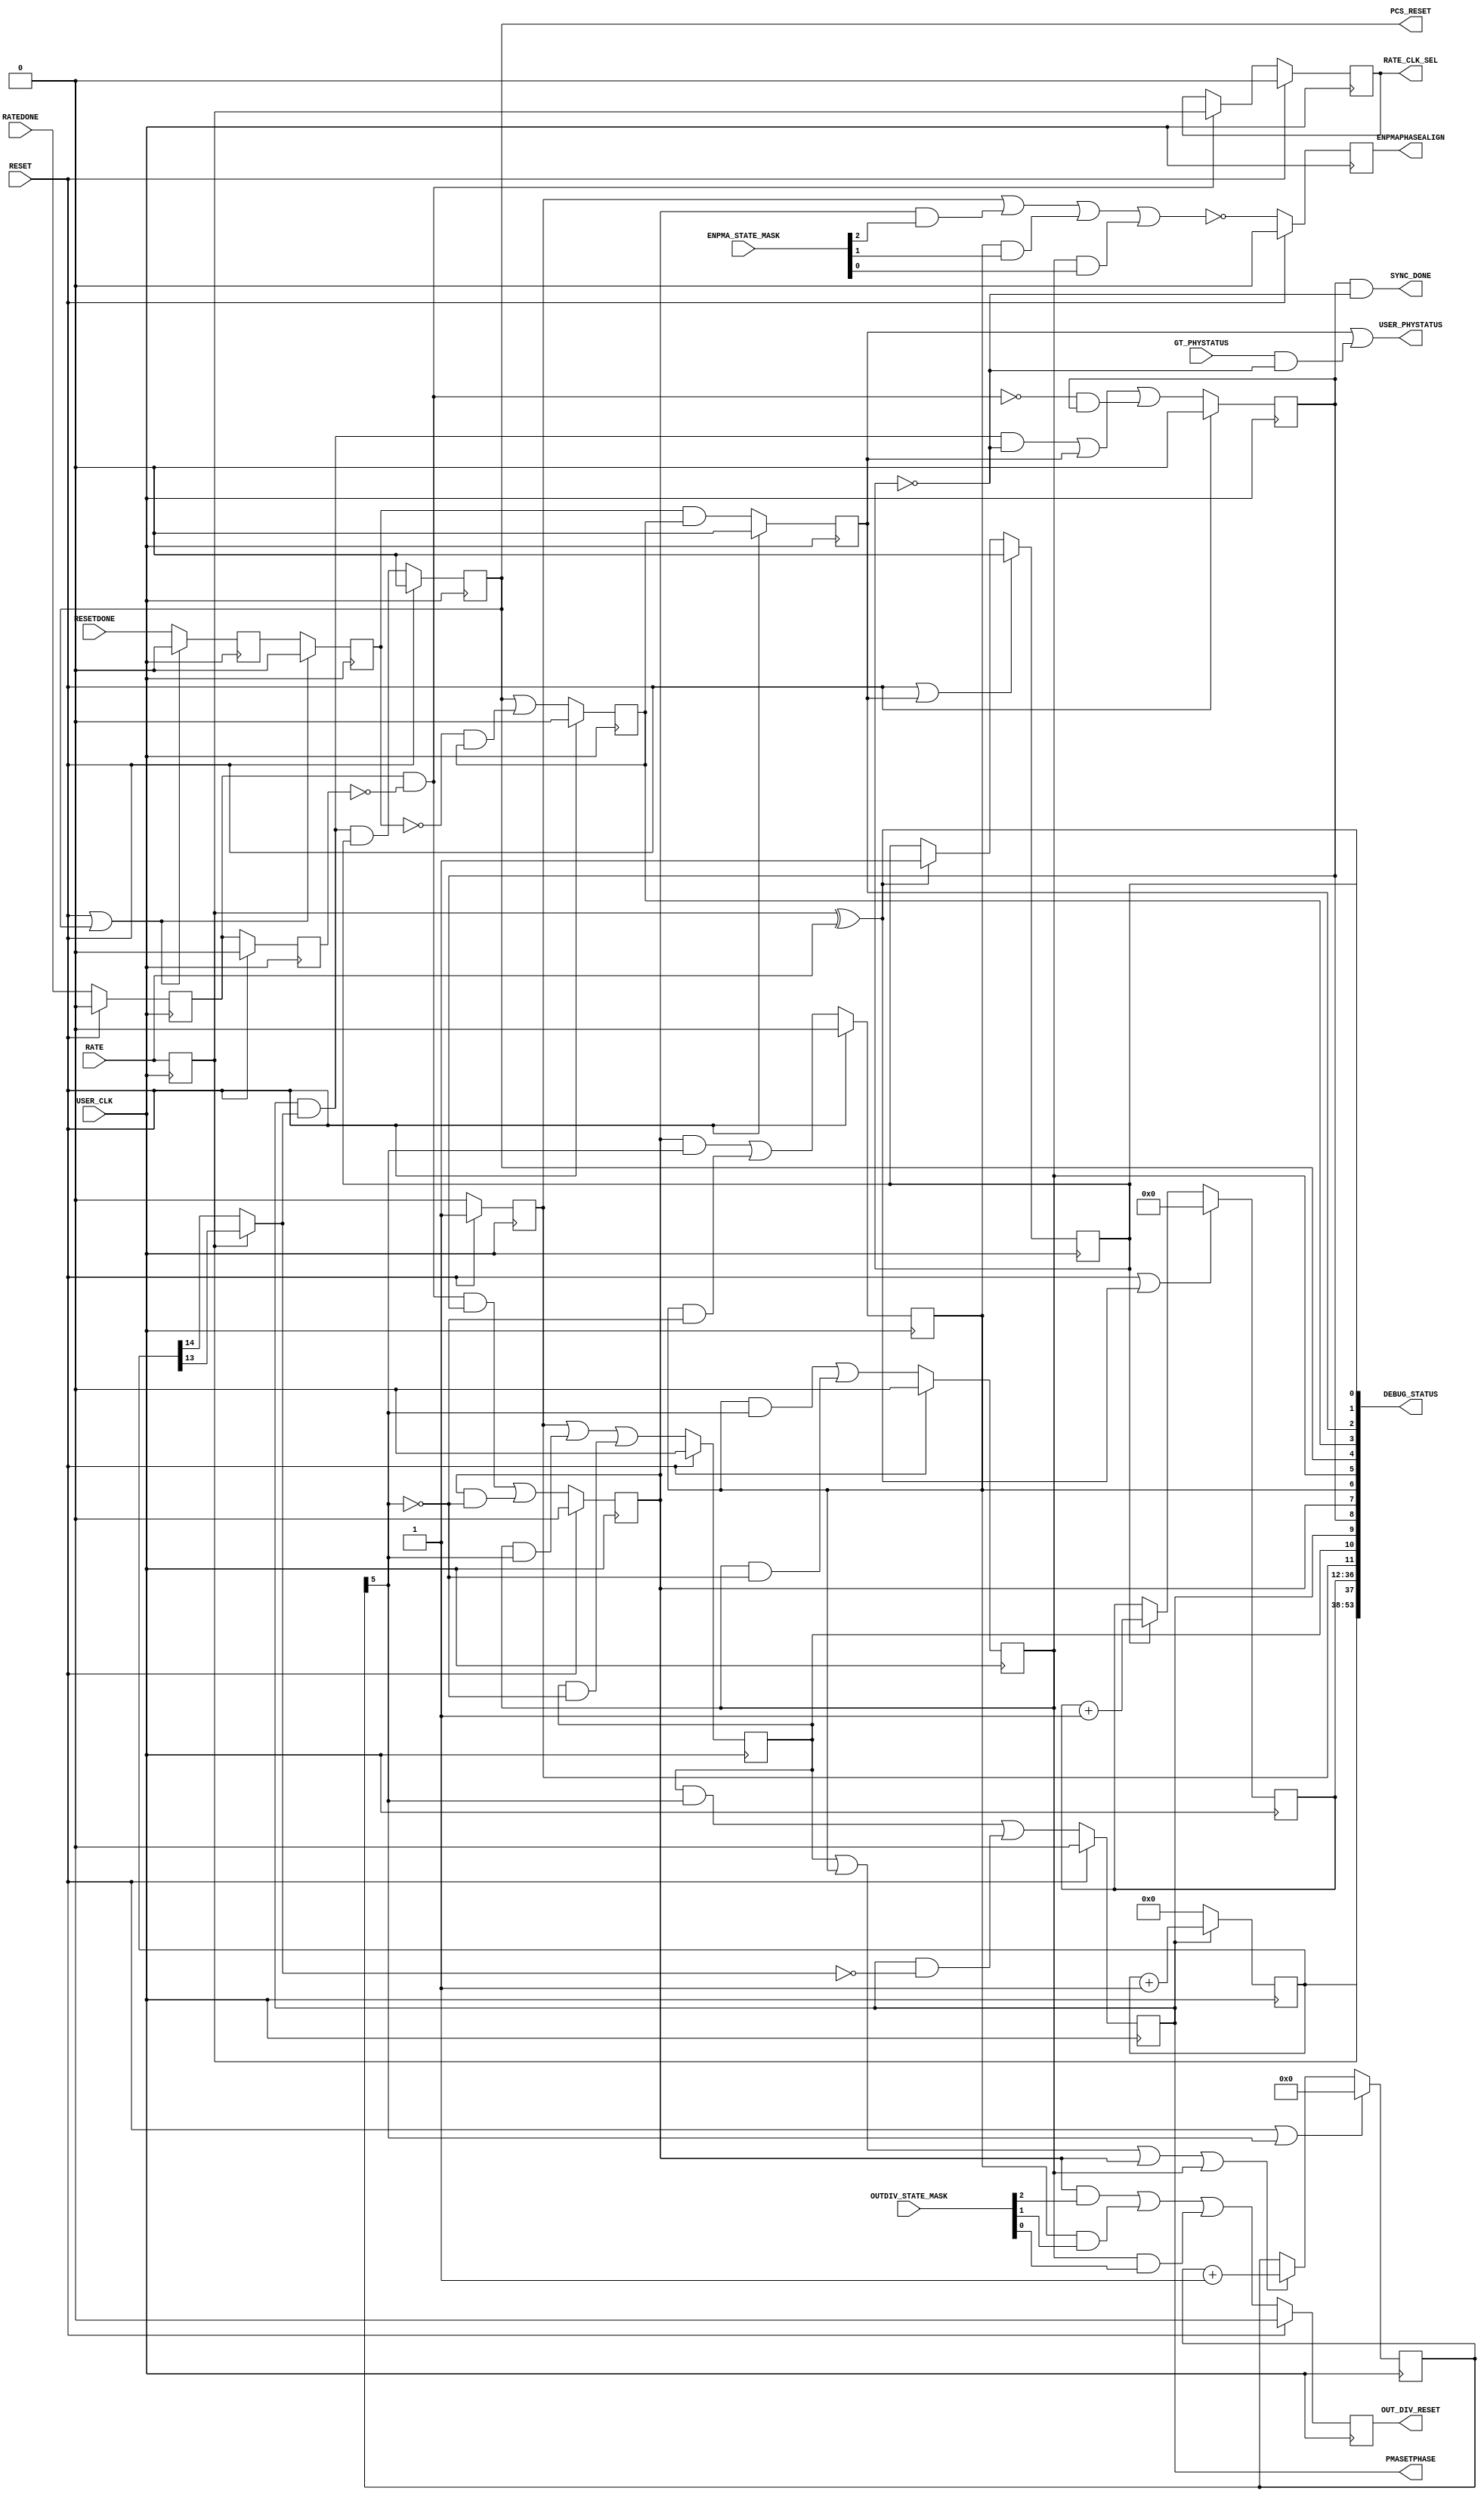
//-----------------------------------------------------------------------------
//
// (c) Copyright 2009-2010 Xilinx, Inc. All rights reserved.
//
// This file contains confidential and proprietary information
// of Xilinx, Inc. and is protected under U.S. and
// international copyright and other intellectual property
// laws.
//
// DISCLAIMER
// This disclaimer is not a license and does not grant any
// rights to the materials distributed herewith. Except as
// otherwise provided in a valid license issued to you by
// Xilinx, and to the maximum extent permitted by applicable
// law: (1) THESE MATERIALS ARE MADE AVAILABLE "AS IS" AND
// WITH ALL FAULTS, AND XILINX HEREBY DISCLAIMS ALL WARRANTIES
// AND CONDITIONS, EXPRESS, IMPLIED, OR STATUTORY, INCLUDING
// BUT NOT LIMITED TO WARRANTIES OF MERCHANTABILITY, NON-
// INFRINGEMENT, OR FITNESS FOR ANY PARTICULAR PURPOSE; and
// (2) Xilinx shall not be liable (whether in contract or tort,
// including negligence, or under any other theory of
// liability) for any loss or damage of any kind or nature
// related to, arising under or in connection with these
// materials, including for any direct, or any indirect,
// special, incidental, or consequential loss or damage
// (including loss of data, profits, goodwill, or any type of
// loss or damage suffered as a result of any action brought
// by a third party) even if such damage or loss was
// reasonably foreseeable or Xilinx had been advised of the
// possibility of the same.
//
// CRITICAL APPLICATIONS
// Xilinx products are not designed or intended to be fail-
// safe, or for use in any application requiring fail-safe
// performance, such as life-support or safety devices or
// systems, Class III medical devices, nuclear facilities,
// applications related to the deployment of airbags, or any
// other applications that could lead to death, personal
// injury, or severe property or environmental damage
// (individually and collectively, "Critical
// Applications"). Customer assumes the sole risk and
// liability of any use of Xilinx products in Critical
// Applications, subject only to applicable laws and
// regulations governing limitations on product liability.
//
// THIS COPYRIGHT NOTICE AND DISCLAIMER MUST BE RETAINED AS
// PART OF THIS FILE AT ALL TIMES.
//
//-----------------------------------------------------------------------------
// Project    : V5-Block Plus for PCI Express
//////////////////////////////////////////////////////////////////////////////

`timescale 1ns / 1ps
`define DLY #1

module GTX_TX_SYNC_RATE_V6
#(
    parameter           C_SIMULATION    = 0 // Set to 1 for simulation
)
(
    output              ENPMAPHASEALIGN,
    output              PMASETPHASE,
    output              SYNC_DONE,
    output              OUT_DIV_RESET,
    output              PCS_RESET,
    output              USER_PHYSTATUS,
    output              RATE_CLK_SEL,
    input               USER_CLK,
    input               RESET,
    input               RATE,
    input               RATEDONE,
    input               GT_PHYSTATUS,
    input               RESETDONE,

    // Test bits / status
    output      [53:0]  DEBUG_STATUS,
    input       [2:0]   ENPMA_STATE_MASK,
    input       [2:0]   OUTDIV_STATE_MASK

);

// synthesis attribute X_CORE_INFO of TX_SYNC is "v6_gtxwizard_v1_0, Coregen v11.1_ip1";

//*******************************Register Declarations************************

    reg           begin_r;
    reg           phase_align_r;
    reg           ready_r;
    reg   [15:0]  sync_counter_r;
    reg   [5:0]   count_32_cycles_r;
    reg           wait_stable_r;
    reg           phase_align_reset_r;
    reg           out_div_reset_r;
    reg           wait_phase_align_reset_r;
    reg           pcs_reset_r;
    reg           wait_reset_done_r;
    reg           gen_phystatus_r;
    reg           rate_r;
    reg           guard_r;
    reg           resetdone_r;
    reg           resetdone_r2;
    reg           ratedone_r;
    reg           ratedone_r2;
    reg           rate_sel_r;

    reg           enpmaphasealign_r;
    reg           reg_out_div_reset_r;
    reg   [24:0]  rate_duration_count_r;


//*******************************Wire Declarations****************************
    
    wire          count_setphase_complete_i;
    wire          count_32_complete_i;
    wire          next_phase_align_c;
    wire          next_ready_c;
    wire          next_wait_stable_c;
    wire          next_phase_align_reset_c;
    wire          next_out_div_reset_c;
    wire          next_wait_phase_align_reset_c;
    wire          next_pcs_reset_c;
    wire          next_wait_reset_done_c;
    wire          next_gen_phystatus_c;
    wire          ratedone_pulse_i;
    
    wire          enpmaphasealign_i;
    wire          out_div_reset_i;

//*******************************Main Body of Code****************************




    //________________________________ State machine __________________________
    // This state machine manages the phase alingment procedure of the GTX.
    // The module is held in reset till the usrclk source is stable.  In the 
    // case of buffer bypass where the refclkout is used to clock the usrclks,
    // the usrclk stable indication is given the pll_locked signal.
    // Once the pll_lock is asserted, state machine goes into the
    // wait_stable_r for 32 clock cycles to allow some time to ensure the pll
    // is stable. After this, it goes into the phase_align_r state where the
    // phase alignment procedure is executed. This involves asserting the
    // ENPMAPHASEALIGN and PMASETPHASE for 32768 clock cycles.
    //
    // If there is a line rate change, the module resets the output divider by
    // asserting the signal for 16 clock cycles and resets the phase alignment
    // block by de-asserting ENPMAPHASEALIGN signal for 16 clock cycles.  The
    // phase alignment procedure as stated above is repeated.  Afterwards, the
    // PCS is reset and a user PHYSTATUS is generated to notify the completion
    // of a line rate change procedure.

    // State registers
    always @(posedge USER_CLK)
        if(RESET)
            {begin_r, wait_stable_r, phase_align_r, ready_r,
             phase_align_reset_r, out_div_reset_r, wait_phase_align_reset_r,
             pcs_reset_r, wait_reset_done_r,
             gen_phystatus_r}  <=  `DLY 10'b10_0000_0000;
        else
        begin
            begin_r                   <=  `DLY  1'b0;
            wait_stable_r             <=  `DLY  next_wait_stable_c;
            phase_align_r             <=  `DLY  next_phase_align_c;
            ready_r                   <=  `DLY  next_ready_c;
            phase_align_reset_r       <=  `DLY  next_phase_align_reset_c;
            out_div_reset_r           <=  `DLY  next_out_div_reset_c;
            wait_phase_align_reset_r  <=  `DLY  next_wait_phase_align_reset_c;
            pcs_reset_r               <=  `DLY  next_pcs_reset_c;
            wait_reset_done_r         <=  `DLY  next_wait_reset_done_c;
            gen_phystatus_r           <=  `DLY  next_gen_phystatus_c;
        end

    // Next state logic
    assign next_ready_c              = (((phase_align_r & count_setphase_complete_i) & !guard_r) | gen_phystatus_r) |
                                      (!ratedone_pulse_i & ready_r);

    assign next_phase_align_reset_c = (ratedone_pulse_i & ready_r) | 
                                      (phase_align_reset_r & !count_32_complete_i);

    assign next_out_div_reset_c     = (phase_align_reset_r & count_32_complete_i)|
                                      (out_div_reset_r & !count_32_complete_i);

    assign next_wait_phase_align_reset_c = (out_div_reset_r & count_32_complete_i) | 
                                           (wait_phase_align_reset_r & !count_32_complete_i);

    assign next_wait_stable_c       = begin_r | (wait_phase_align_reset_r & count_32_complete_i) |
                                      (wait_stable_r & !count_32_complete_i);

    assign next_phase_align_c       = (wait_stable_r & count_32_complete_i) |
                                      (phase_align_r & !count_setphase_complete_i);

    assign next_pcs_reset_c         = ((phase_align_r & count_setphase_complete_i) & guard_r);

    assign next_wait_reset_done_c   = pcs_reset_r |
                                      (!resetdone_r2 & wait_reset_done_r);

    assign next_gen_phystatus_c     = resetdone_r2 & wait_reset_done_r;


        //_________ Counter for to wait for pll to be stable before sync __________
    always @(posedge USER_CLK)
    begin
        if (RESET || count_32_complete_i)
            count_32_cycles_r <= `DLY  6'b000000;
        else if (wait_stable_r || out_div_reset_r || phase_align_reset_r || wait_phase_align_reset_r)
            count_32_cycles_r <= `DLY  count_32_cycles_r + 1'b1;
    end

    assign count_32_complete_i = count_32_cycles_r[5];

    //_______________ Counter for holding SYNC for SYNC_CYCLES ________________
    always @(posedge USER_CLK)
    begin
        if (!phase_align_r)
            sync_counter_r <= `DLY  16'h0000;
        else
            sync_counter_r <= `DLY  sync_counter_r + 1'b1;
    end

    generate
        if (C_SIMULATION) begin: for_simulation
            // Shorten the cycle to 32 clock cycles for simulation
            assign count_setphase_complete_i = sync_counter_r[5];
        end
        else begin: for_hardware
            // For TXPMASETPHASE:
            //  - If RATE[0] = 0, PLL_DIVSEL_OUT = 2 => 16,384 USRCLK2 cycles
            //  - If RATE[0] = 1, PLL_DIVSEL_OUT = 1 => 8,192 USRCLK2 cycles
            assign count_setphase_complete_i = (rate_r) ? sync_counter_r[13] :
                                                          sync_counter_r[14];
        end
    endgenerate


    //_______________ Assign the phase align ports into the GTX _______________

    // Assert the ENPMAPHASEALIGN signal when the reset of this module
    // gets de-asserted and after a reset of the output dividers.  Disabling
    // this signal after reset of the output dividers will reset the phase
    // alignment module.
    //assign ENPMAPHASEALIGN = !(begin_r | phase_align_reset_r | out_div_reset_r | wait_phase_align_reset_r);
    
    // Masking the bits of each state to play around with the pulse of the
    // TXENPMAPHASEALIGN reset (active low signal)
    assign enpmaphasealign_i = ~((begin_r ||
                               (phase_align_reset_r && ENPMA_STATE_MASK[2]) ||
                               (out_div_reset_r && ENPMA_STATE_MASK[1]) || 
                               (wait_phase_align_reset_r && ENPMA_STATE_MASK[0])));

    always @(posedge USER_CLK)
        if (RESET)
            enpmaphasealign_r <= `DLY 1'b0;
        else
            enpmaphasealign_r <= enpmaphasealign_i;

    assign ENPMAPHASEALIGN = enpmaphasealign_r; 

    assign PMASETPHASE     = phase_align_r;


    //_______________________ Assign the sync_done port _______________________

    // Assert the SYNC_DONE signal when the phase alignment procedure is
    // complete after initialization and when line rate change procedure
    // is complete.
    assign SYNC_DONE = ready_r & !guard_r;


    //_______________________ Assign the rest of the ports ____________________
    // Assert the output divider reset for 32 USRCLK2 clock cycles
    //assign OUT_DIV_RESET = out_div_reset_r;

    // Masking the bits of each state to play around with the pulse of the
    // output divider reset
    assign out_div_reset_i= (phase_align_reset_r && OUTDIV_STATE_MASK[2]) ||
                           (out_div_reset_r && OUTDIV_STATE_MASK[1]) || 
                           (wait_phase_align_reset_r && OUTDIV_STATE_MASK[0]);

    always @(posedge USER_CLK)
        if (RESET)
            reg_out_div_reset_r <= `DLY 1'b0;
        else
            reg_out_div_reset_r <= out_div_reset_i;

    assign OUT_DIV_RESET = reg_out_div_reset_r;
                         
    // Assert the PCS reset for 1 USRCLK2 clock cycle
    assign PCS_RESET = pcs_reset_r;


    // Assert user phystatus at the end of the line rate change.  It is also
    // a pass through signal from the GTX when the pulse is not associated
    // with a line rate change (in this module this signal is gated by
    // guard_r signal)
    assign USER_PHYSTATUS = gen_phystatus_r | (GT_PHYSTATUS & !guard_r);


    //////////////////////////////////////////////////////////////////////////
    // Register the RESETDONE input
    //////////////////////////////////////////////////////////////////////////
    always @(posedge USER_CLK)

    begin
        if (RESET | pcs_reset_r)
        begin
            resetdone_r   <= `DLY 1'b0;
            resetdone_r2  <= `DLY 1'b0;
        end
        else
        begin
            resetdone_r   <= `DLY RESETDONE;
            resetdone_r2  <= `DLY resetdone_r;
        end
    end

    //////////////////////////////////////////////////////////////////////////
    // Detect an edge on the RATEDONE signal and generate a pulse from it.
    // The RATEDONE signal by default is initialized to 1'b1.
    //////////////////////////////////////////////////////////////////////////
    always @(posedge USER_CLK)

    begin
        if (RESET)
        begin
            ratedone_r  <= `DLY 1'b0;
            ratedone_r2 <= `DLY 1'b0;
        end
        else
        begin
            ratedone_r  <= `DLY RATEDONE;
            ratedone_r2 <= `DLY ratedone_r;
        end
    end

    assign ratedone_pulse_i = ratedone_r & !ratedone_r2;

    //////////////////////////////////////////////////////////////////////////
    // Detect a line rate change.  Since this is targeted for PCIe, we only
    // need to detect a change on TXRATE[0]/RXRATE[0]:
    // TXRATE[1:0] / RXRATE[1:0] = 10 for output divider /2
    // TXRATE[1:0] / RXRATE[1:0] = 11 for output divider /1
    //////////////////////////////////////////////////////////////////////////
    always @(posedge USER_CLK)
    begin
        rate_r <= `DLY RATE;
    end

    assign rate_change_i = rate_r ^ RATE;


    //////////////////////////////////////////////////////////////////////////
    // Generate an internal "guard" signal to denote that the line rate
    // sequence of operation initiated.  This signal is driven High when the
    // there is a rate change trigger by a change in TXRATE or RXRATE ports.
    //////////////////////////////////////////////////////////////////////////
    always @(posedge USER_CLK)
    begin
        if (RESET | gen_phystatus_r)
            guard_r <= `DLY 1'b0;
        else if (rate_change_i == 1'b1)
            guard_r <= `DLY 1'b1;
    end


    //////////////////////////////////////////////////////////////////////////
    // Generate the BUFGMUX select signal that selects the correct clock to
    // used based on a rate change.  For PCIe:
    //  - RATE[0] = 0 => Use 125 MHz USRCLK2 with RATE_CLK_SEL = 0
    //  - RATE[0] = 1 => Use 250 MHz USRCLK2 with RATE_CLK_SEL = 1
    // The RATE_CLK_SEL changes based on the RATEDONE signal from the GTX.
    // The default of this pin is set to 1'b0.  Someone can change it to grab
    // the value from a parameter if the reset value has to be another value
    // other than 1'b0.
    //////////////////////////////////////////////////////////////////////////
    always @(posedge USER_CLK)
    begin
        if (RESET)
            rate_sel_r <= `DLY 1'b0;
        else if (ratedone_pulse_i == 1'b1)
            rate_sel_r <= `DLY rate_r;
    end

    assign RATE_CLK_SEL = rate_sel_r;

    //////////////////////////////////////////////////////////////////////////
    // Create a counter that starts when guard_r is High.  After
    // guard_r gets de-asserted, the counter stops counting.  The counter gets
    // reset when there is a rate change applied from the user; this rate
    // change pulse occurs one USER_CLK cycle earlier than guard_r.  
    //////////////////////////////////////////////////////////////////////////
    always @(posedge USER_CLK)
    begin
        if (RESET | rate_change_i)
            rate_duration_count_r <= `DLY 25'b0_0000_0000_0000_0000_0000_0000;
        else if (guard_r)
            rate_duration_count_r <= `DLY rate_duration_count_r + 1'b1;
        else
            rate_duration_count_r <= `DLY rate_duration_count_r;
    end


    //Monitoring the signals on ILa
    assign DEBUG_STATUS= {sync_counter_r[15:0],       //[53:38]
                          rate_r,                     //[37]
                          rate_duration_count_r[24:0],//[36:12]
                          begin_r,                    //[11]
                          wait_stable_r,              //[10]
                          phase_align_r,              //[9]
                          ready_r,                    //[8]
                          phase_align_reset_r,        //[7]
                          out_div_reset_r,            //[6]
                          wait_phase_align_reset_r,   //[5]
                          pcs_reset_r,                //[4]
                          wait_reset_done_r,          //[3]
                          gen_phystatus_r,            //[2]
                          guard_r,                    //[1]
                          rate_change_i};             //[0]
endmodule